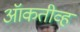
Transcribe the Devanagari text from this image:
ऑकतीव्ह